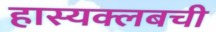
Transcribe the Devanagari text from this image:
हास्यक्लबची